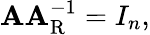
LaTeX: \mathbf{A}\mathbf{A}_{\mathrm{{R}}}^{-1}=I_{n},